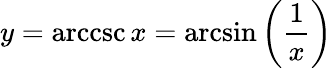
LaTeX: y=\operatorname{arccsc}x=\arcsin\left({\frac{1}{x}}\right)